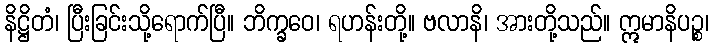
နိဋ္ဌိတံ၊ ပြီးခြင်းသို့ရောက်ပြီ။ ဘိက္ခဝေ၊ ရဟန်းတို့။ ဗလာနိ၊ အားတို့သည်။ ဣမာနိပဉ္စ၊